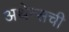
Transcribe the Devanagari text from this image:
अथेन्सची